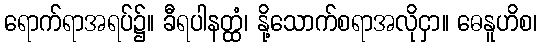
ရောက်ရာအရပ်၌။ ခီရပါနတ္ထံ၊ နို့သောက်စရာအလိုငှာ။ ဓေနူဟိစ၊